Civil Veterinary Dept. Assam report 1911-1927 - 1911-1927
Year: 1911
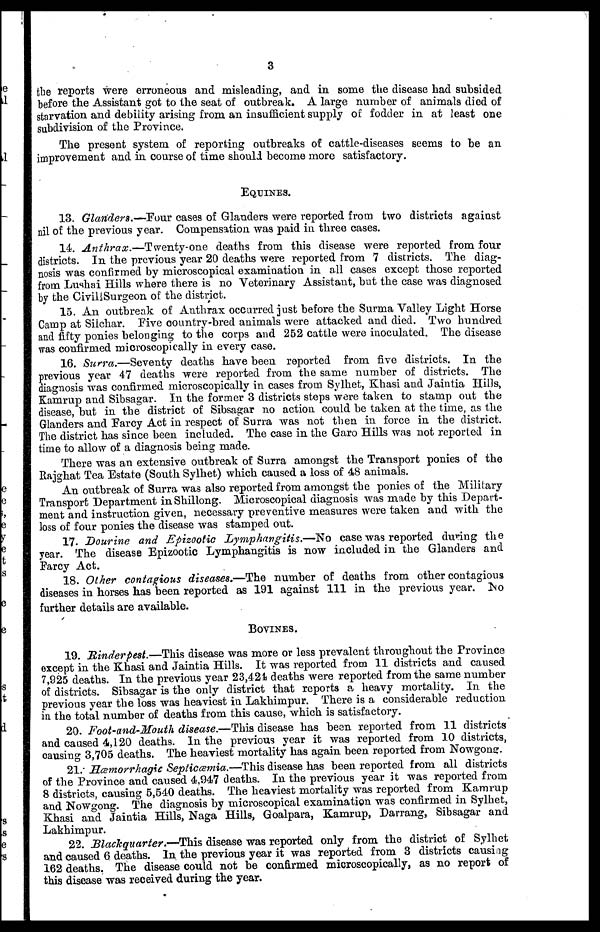
3
the reports were erroneous and misleading, and in some the disease had subsided
before the Assistant got to the seat of outbreak. A large number of animals died of
starvation and debility arising from an insufficient supply of fodder in at least one
subdivision of the Province.
The present system of reporting outbreaks of cattle-diseases seems to be an
improvement and in course of time should become more satisfactory.
EQUINES.
13. Glariders.—Pour cases of Glanders were reported from two districts against
nil of the previous year. Compensation was paid in three cases.
14. Anthrax.—Twenty-one
deaths from this disease were reported from four
districts. In the previous year 20 deaths were reported from 7 districts. The diag-
nosis was confirmed by microscopical examination in all cases except those reported
from Lushai Hills where there is no Veterinary Assistant, but the case was diagnosed
by the Civil Surgeon of the district.
15. An outbreak of Anthrax occurred just before the Surma Valley Light Horse
Camp at Siichar. Five country-bred animals were attacked and died. Two hundred
and fifty ponies belonging to the coups and 252 cattle were inoculated. The disease
was confirmed microscopically in every case.
16. Surra.—Seventy deaths have been reported from five districts. In the
previous year 47 deaths were reported from the same number of districts. The
diagnosis was confirmed microscopically in cases from Sylhet, Khasi and Jaintia Hills,
Kamrup and Sibsagar. In the former 3 districts steps were taken to stamp out the
disease, but in the district of Sibsagar no action could be taken at the time, as the
Glanders and Farcy Act in respect of Surra was not then in force in the district.
The district has since been included. The case in the Garo Hills was not reported in
time to allow of a diagnosis being made.
There was an extensive outbreak of Surra amongst the Transport ponies of the
Rajghat Tea Estate (South Sylhet) which caused a loss of 48 animals.
An outbreak of Surra was also reported from amongst the ponies of the Military
Transport Department in Shillong. Microscopical diagnosis was made by this Depart-
ment and instruction given, necessary preventive measures were taken and with the
loss of four ponies the disease was stamped out.
17. Dourine and Epizootic Lymphangitis.—No case was reported during the
year. The disease Epizootic Lymphangitis is now included in the Glanders and
Farcy Act.
18. Other contagious diseases.—The number of deaths from other contagious
diseases in horses has been reported as 191 against 111 in the previous year. No
further details are available.
BOVINES.
19. Rinderpest.—This disease was more or less prevalent throughout the Province
except in the Khasi and Jaintia Hills. It was reported from 11 districts and caused
7,925 deaths. In the previous year 23,424 deaths were reported from the same number
of districts. Sibsagar is the only district that reports a heavy mortality. In the
previous year the loss was heaviest in Lakhimpur. There is a considerable reduction
in the total number of deaths from this cause, which is satisfactory.
20. Foot-and-Mouth disease.—This disease has been reported from 11 districts
and caused 4, 120 deaths. In the previous year it was reported from 10 districts,
causing 3,705 deaths. The heaviest mortality has again been reported from Nowgone.
21.- Hæmorrhagic Septicæmia.—This disease has been reported from all districts
of the Province and caused 4,947 deaths. In the previous year it was reported from
8 districts, causing 5,540 deaths. The heaviest mortality was reported from Kamrup
and Nowgong. The diagnosis by microscopical examination was confirmed in Sylhet,
Khasi and Jaintia Hills, Naga Hills, Goalpara, Kamrup, Darrang, Sibsagar and
Lakhimpur.
22. Blachquarter.—This disease was reported only from the district of Sylhet
and caused 6 deaths. In the previous year it was reported from 3 districts causing
162 deaths. The disease could not be confirmed microscopically, as no report of
this disease was received during the year.